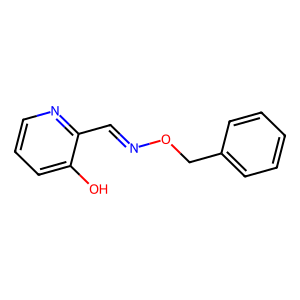
SMILES: Oc1cccnc1C=NOCc1ccccc1
Inhibits HIV replication: No